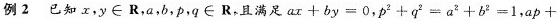
例2 已知x，y \in R，a，b，p，q \in R，且满足$$a x + b y = 0$$，$$p ^ { 2 } + q ^ { 2 } = a ^ { 2 } + b ^ { 2 } = 1$$，$$a p + b q